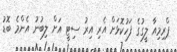
ޕްރިމިއާ ލީގުގެ ފަހުކޮޅަށް އެރި އިރު ސިޓީ އަށް ލިބުނު އެންމެ ބޮޑު